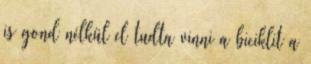
is gond nélkül el tudta vinni a biciklit a